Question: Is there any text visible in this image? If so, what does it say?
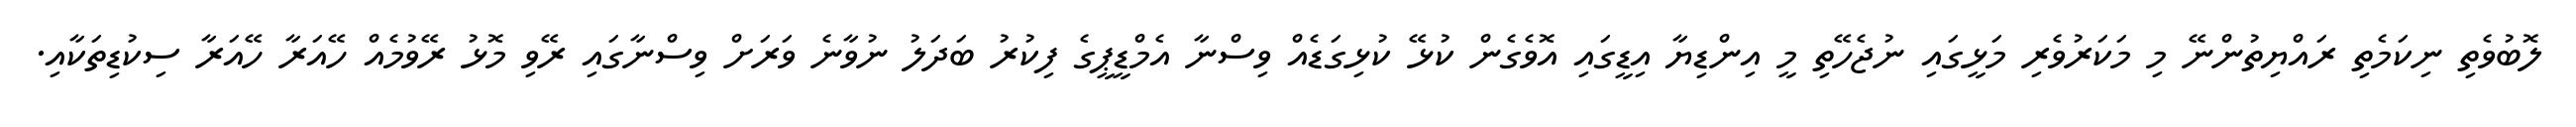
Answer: ލޮބުވެތި ނިކަމެތި ރައްޔިތުންނޭ މި މަކަރުވެރި މަޅީގައި ނުޖެހޭތި މީ އިންޑިޔާ އިޑީގައި އޮވެގެން ކުޅޭ ކުޅިގަޑެއް ވިސްނާ އެމްޑީޕީގެ ފިކުރު ބަދަލު ނުވާނެ ވަރަށް ވިސްނާގައި ރޭވި މޮޅު ރޭވުމެއް ހޭއަރާ ހޭއަރާ ސިކުޑިތަކާއި.